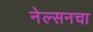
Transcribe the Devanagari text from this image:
नेल्सनचा